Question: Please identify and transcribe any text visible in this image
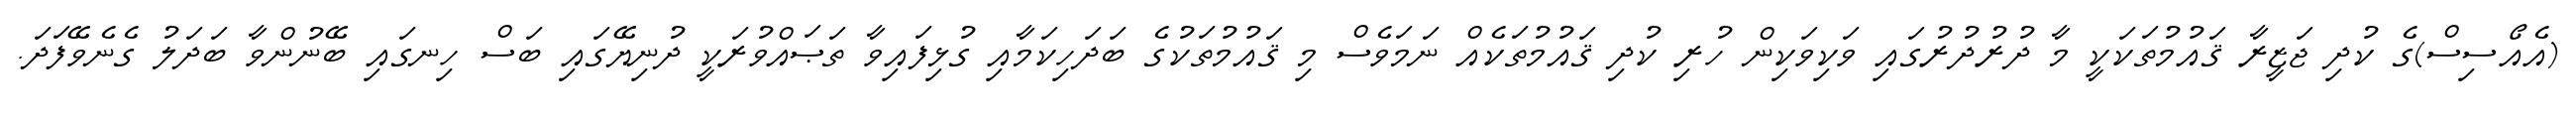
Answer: (އެއޯސިސް)ގެ ކުދި ޖަޒީރާ ޤައުމުތަކަކީ މާ ދުރުދުރުގައި ވަކިވަކިން ހުރި ކުދި ޤައުމުތަކެއް ނަމަވެސް މި ޤައުމުތަކުގެ ބަދަހިކަމާއި ގުޅިފައިވާ ތަޞައްވުރަކީ ދުނިޔޭގައި ބަސް ހިނގައި ބޭނުންވާ ބަދަލު ގެނެވޭފަދަ.